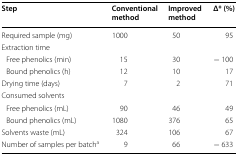
<table><thead><tr><td><b>Step</b></td><td><b>Conventional method</b></td><td><b>Improved method</b></td><td><b>Δ* (%)</b></td></tr></thead><tbody><tr><td>Required sample (mg)</td><td>1000</td><td>50</td><td>95</td></tr><tr><td colspan="4">Extraction time</td></tr><tr><td> Free phenolics (min)</td><td>15</td><td>30</td><td>− 100</td></tr><tr><td> Bound phenolics (h)</td><td>12</td><td>10</td><td>17</td></tr><tr><td>Drying time (days)</td><td>7</td><td>2</td><td>71</td></tr><tr><td colspan="4">Consumed solvents</td></tr><tr><td> Free phenolics (mL)</td><td>90</td><td>46</td><td>49</td></tr><tr><td> Bound phenolics (mL)</td><td>1080</td><td>376</td><td>65</td></tr><tr><td>Solvents waste (mL)</td><td>324</td><td>106</td><td>67</td></tr><tr><td>Number of samples per batch<sup>a</sup></td><td>9</td><td>66</td><td>− 633</td></tr></tbody></table>